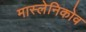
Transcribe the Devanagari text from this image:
मास्लेनिकोव